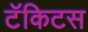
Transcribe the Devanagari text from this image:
टॅकिटस